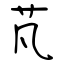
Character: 芃